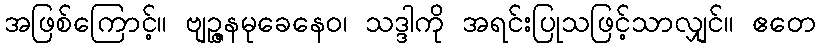
အဖြစ်ကြောင့်။ ဗျဉ္ဇနမုခေနေဝ၊ သဒ္ဒါကို အရင်းပြုသဖြင့်သာလျှင်။ ဧတေ